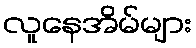
လူနေအိမ်များ